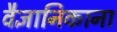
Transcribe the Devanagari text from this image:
वैज्ञानिकाना